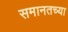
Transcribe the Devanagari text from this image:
समानतच्या